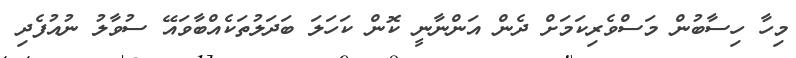
މިހާ ހިސާބުން މަސްވެރިކަމަށް ދެން އަންނާނީ ކޮން ކަހަލަ ބަދަލުތަކެއްބާވައޭ ސުވާލު ނުއުފެދި